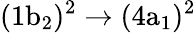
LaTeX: \mathrm{(1b_{2})^{2}\rightarrow(4a_{1})^{2}}